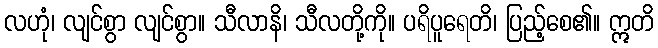
လဟုံ၊ လျင်စွာ လျင်စွာ။ သီလာနိ၊ သီလတို့ကို။ ပရိပူရေတိ၊ ပြည့်စေ၏။ ဣတိ